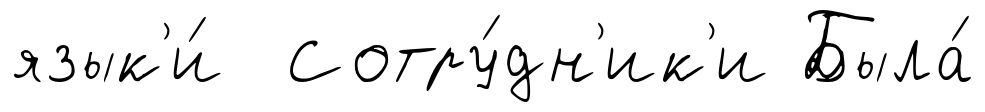
язык'и́ Сотру́дн'ик'и Была́